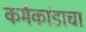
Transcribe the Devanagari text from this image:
कर्मकांडाचा